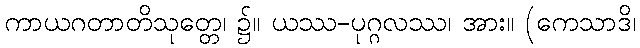
ကာယဂတာတိသုတ္တေ၊ ၌။ ယဿ-ပုဂ္ဂလဿ၊ အား။ (ကေသာဒိ၊